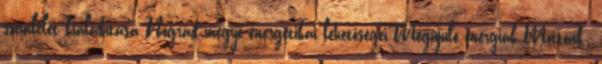
szemlélet kialakítása Nógrád megye energetikai lehetőségei Megújuló energiák Mottónk: